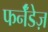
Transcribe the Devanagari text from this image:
फर्नॅंडेज़